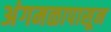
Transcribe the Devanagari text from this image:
अंगमळापासून